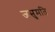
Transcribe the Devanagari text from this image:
जसुमति